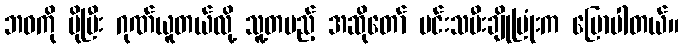
ဘဝကို ပိုပြီး ဂုဏ်ယူတယ်လို့ သူ့တပည့် အဆိုတော် မင်းသမီးချိုပြုံးက ပြောပါတယ်။